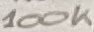
Text: 100K